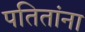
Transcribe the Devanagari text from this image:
पतितांना